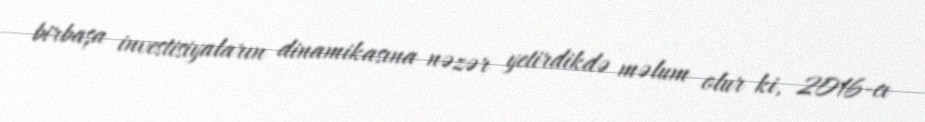
birbaşa investisiyaların dinamikasına nəzər yetirdikdə məlum olur ki, 2016-cı